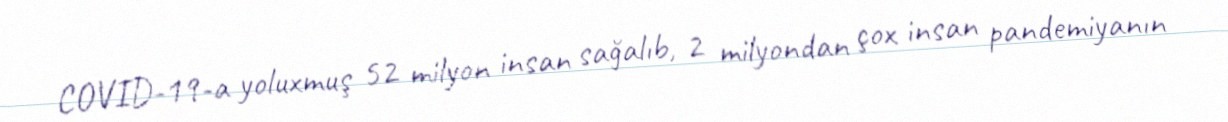
COVID-19-a yoluxmuş 52 milyon insan sağalıb, 2 milyondan çox insan pandemiyanın